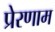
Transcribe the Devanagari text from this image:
प्रेरणाम